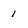
Character: 1